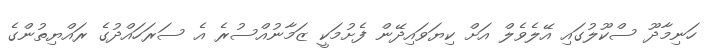
ހަނިމާދޫ ސްކޫލުގައި އޭލެވެލް އަށް ކިޔަވައިދޭން ފެށުމަކީ ޒަމާނުއްސުރެ އެ ސަރަހައްދުގެ ރައްޔިތުންގެ